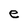
Character: e